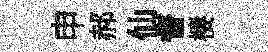
申郝仙督棲